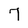
Character: 7